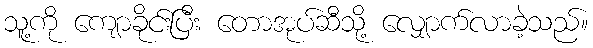
သူ့ကို ကျောခိုင်းပြီး တောအုပ်ဆီသို့ လျှောက်လာခဲ့သည်။